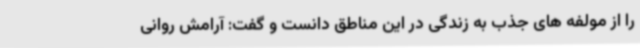
را از مولفه های جذب به زندگی در این مناطق دانست و گفت: آرامش روانی